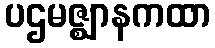
ပဌမဇ္ဈာနကထာ